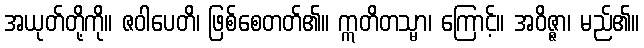
အယုတ်တို့ကို။ ဇဝါပေတိ၊ ဖြစ်စေတတ်၏။ ဣတိတသ္မာ၊ ကြောင့်။ အဝိဇ္ဇာ၊ မည်၏။